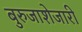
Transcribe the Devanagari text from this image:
बुरुजाशेजारी